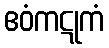
ဧဝံကဋုကံ